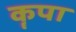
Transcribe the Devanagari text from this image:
कॄपा